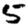
Digit: 5